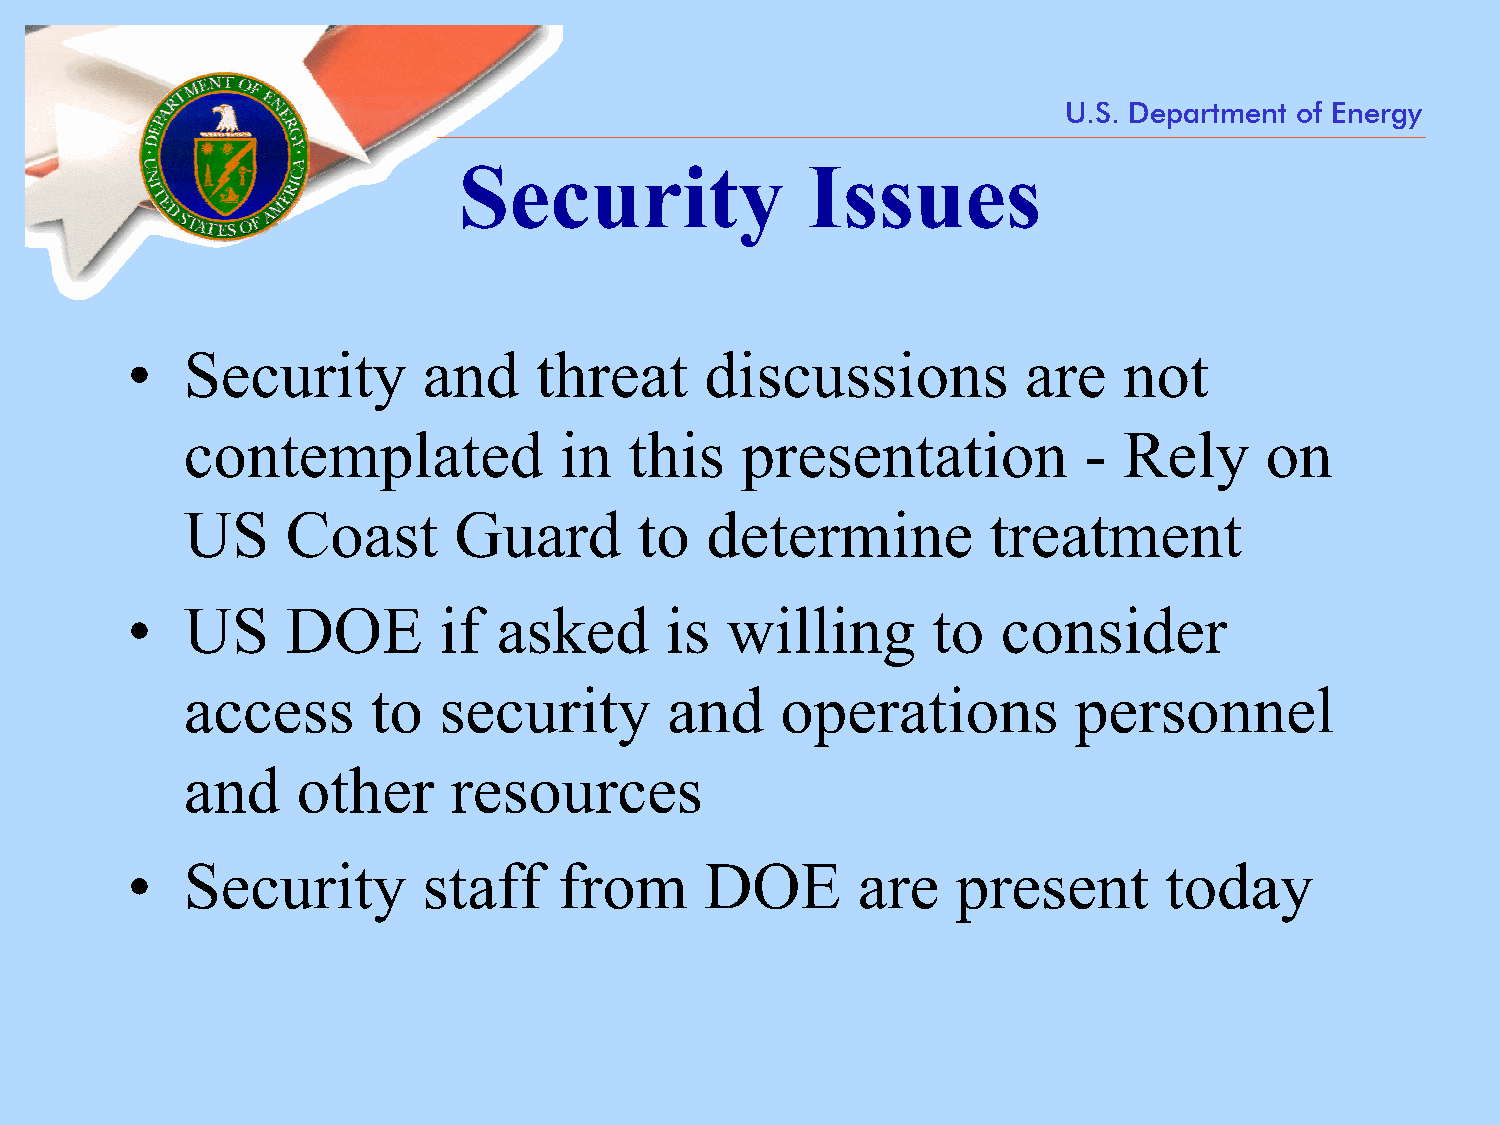
U.S. Department of Energy
 Security               Issues
 •   Security        and    threat      discussions          are   not
 contemplated             in   this   presentation           - Rely      on
 US     Coast      Guard       to   determine         treatment
 •   US     DOE       if  asked      is  willing       to  consider
 access       to  security       and     operations         personnel
 and     other     resources
 •   Security        staff    from      DOE       are   present       today